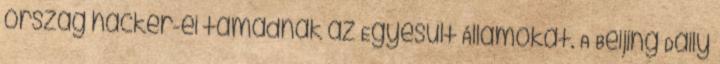
ország hacker-ei támadnak az Egyesült Államokat. A Beijing Daily